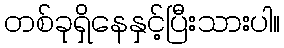
တစ်ခုရှိနေနှင့်ပြီးသားပါ။